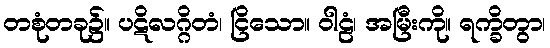
တစုံတခု၌။ ပဋိလဂ္ဂိတံ၊ ငြိသော။ ဝါဠံ၊ အမြီးကို။ ရက္ခိတွာ၊